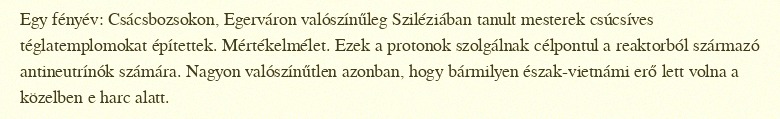
Egy fényév: Csácsbozsokon, Egerváron valószínűleg Sziléziában tanult mesterek csúcsíves téglatemplomokat építettek. Mértékelmélet. Ezek a protonok szolgálnak célpontul a reaktorból származó antineutrínók számára. Nagyon valószínűtlen azonban, hogy bármilyen észak-vietnámi erő lett volna a közelben e harc alatt.